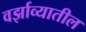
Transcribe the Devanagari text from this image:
वर्झाव्यातील